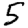
Digit: 5